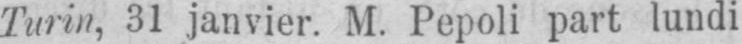
Turin, 31 janvier. M. Pepoli part lundi